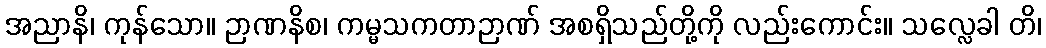
အညာနိ၊ ကုန်သော။ ဉာဏနိစ၊ ကမ္မသကတာဉာဏ် အစရှိသည်တို့ကို လည်းကောင်း။ သလ္လေခါ တိ၊